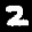
Label: 2